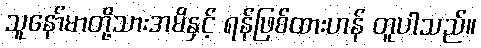
သူနော်မာတို့သားအမိနှင့် ရန်ဖြစ်ထားဟန် တူပါသည်။